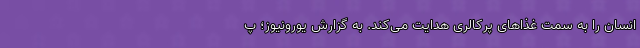
انسان را به سمت غذاهای پرکالری هدایت می‌کند. به گزارش یورونیوز؛ پ